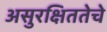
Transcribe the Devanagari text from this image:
असुरक्षिततेचे